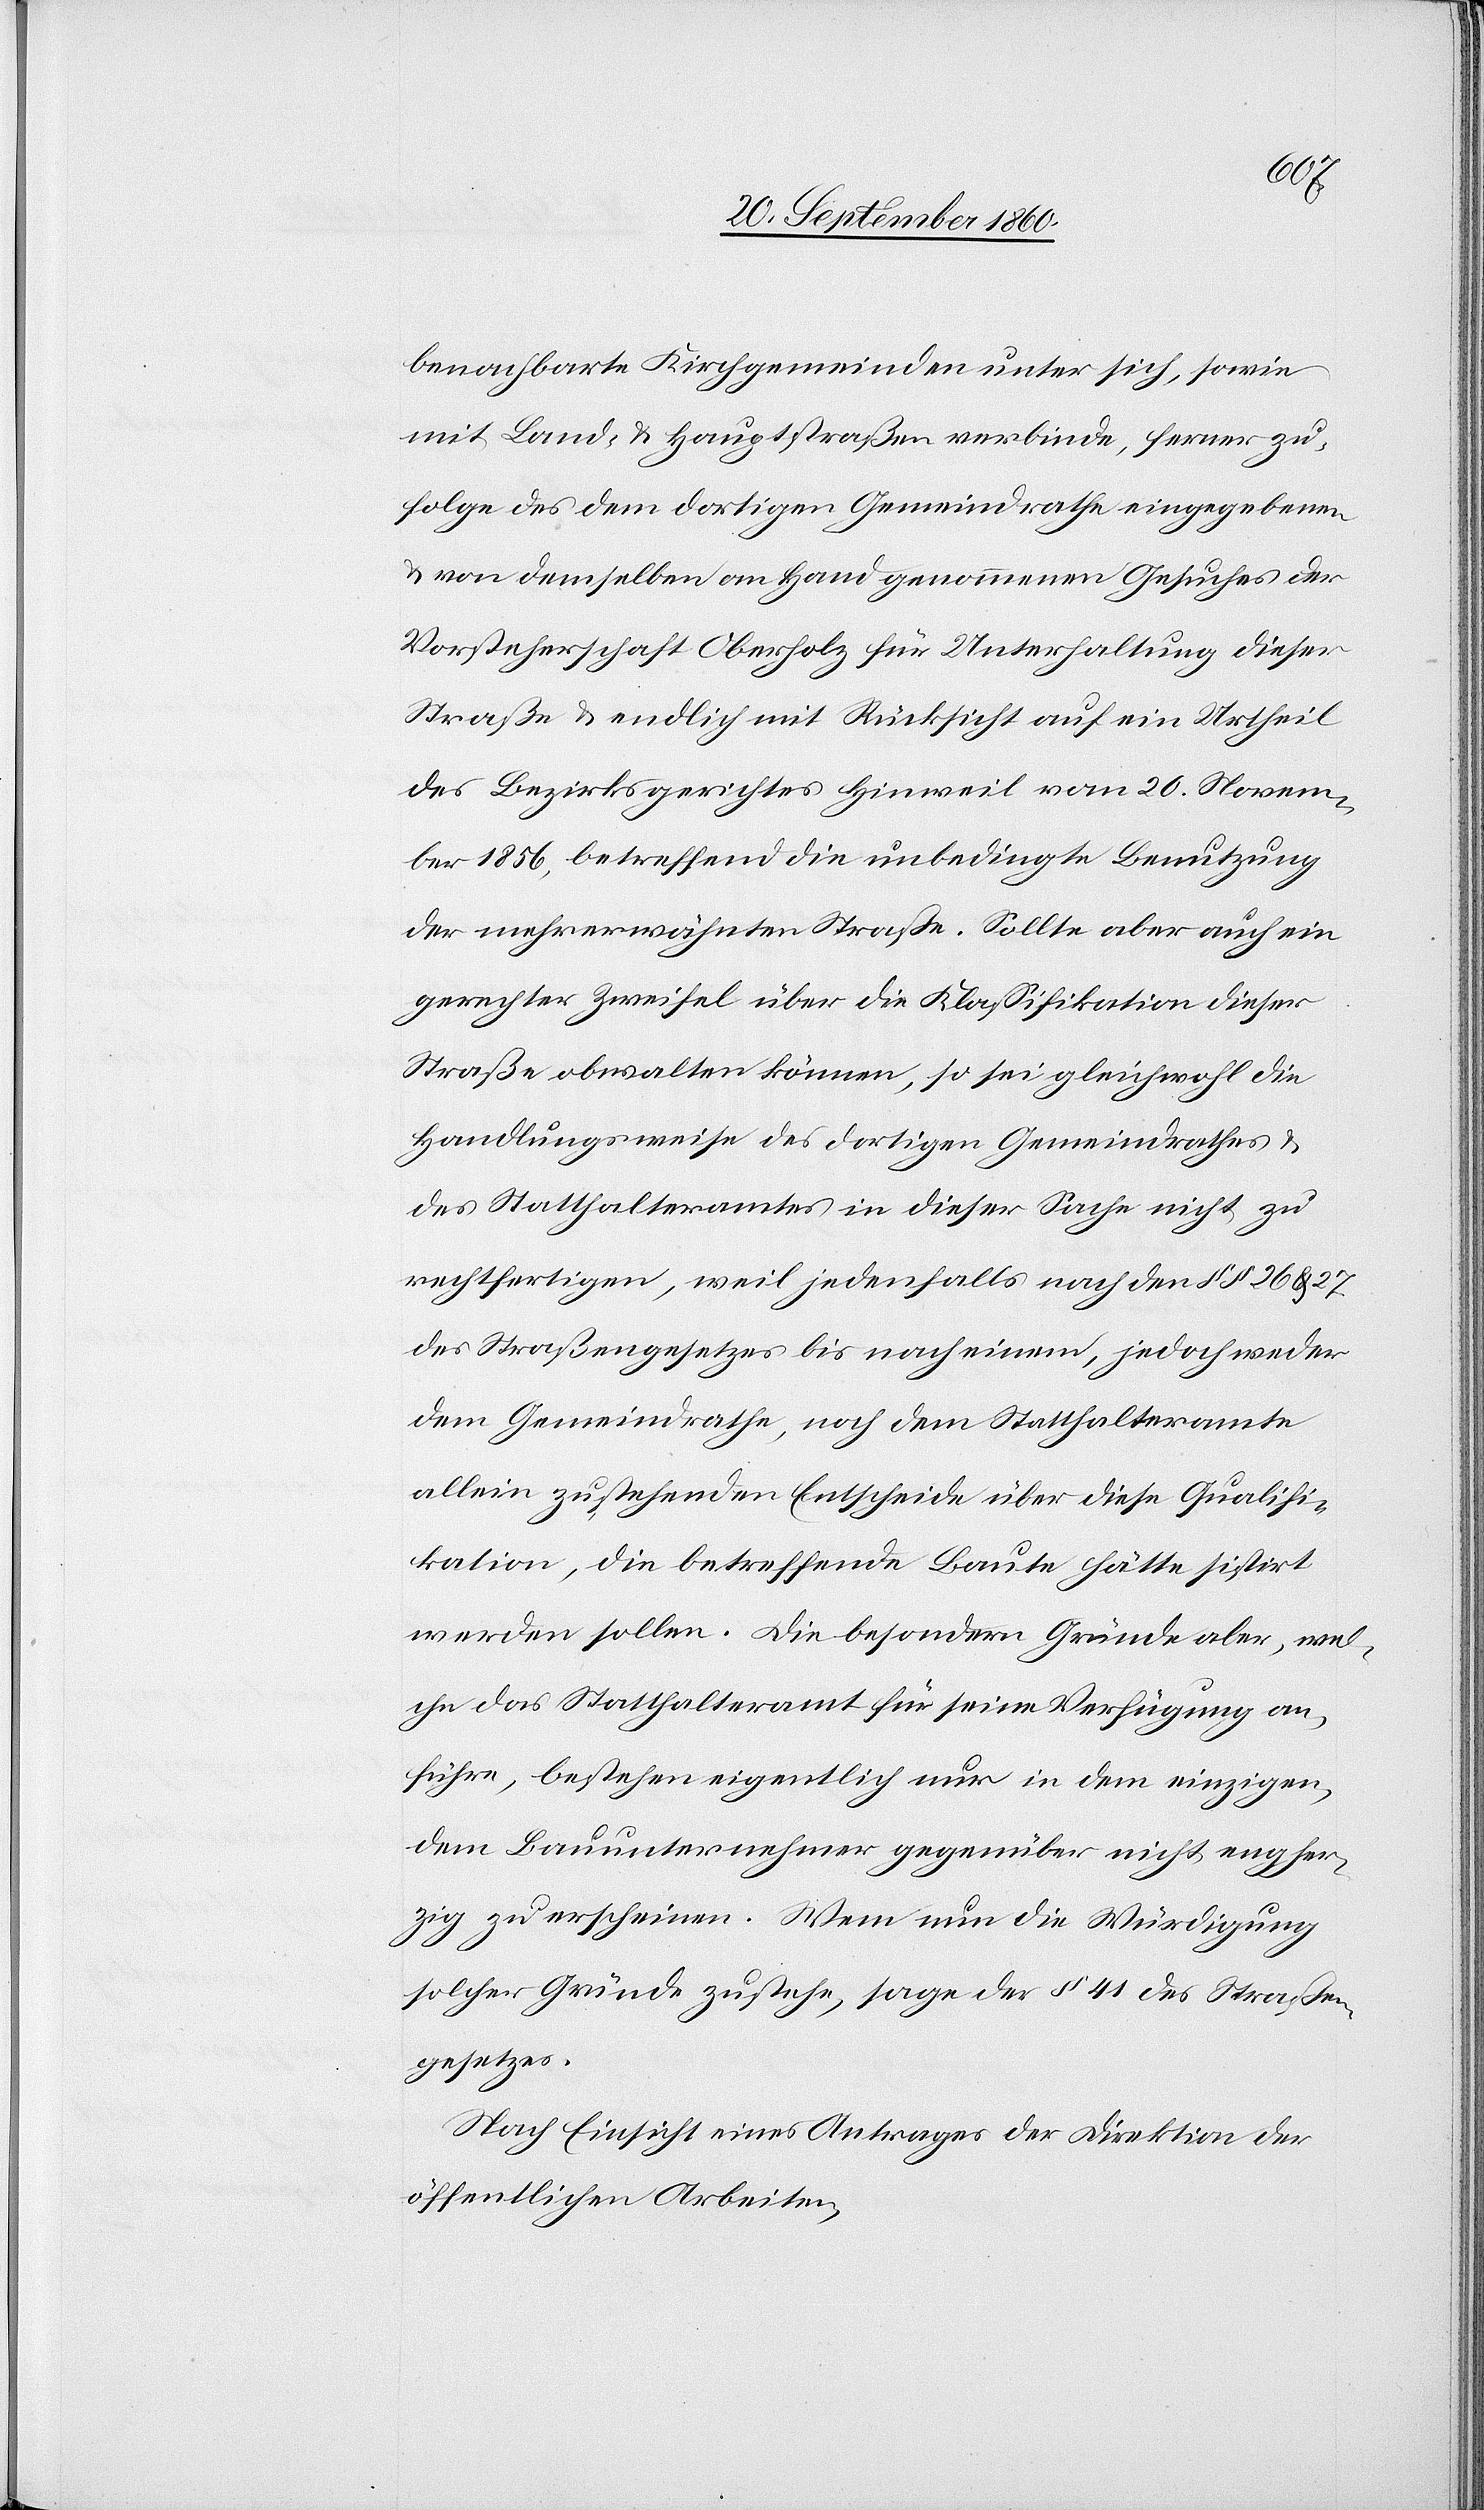
benachbarte Kirchgemeinden unter sich, sowie
mit Land- & Hauptstraßen verbinde, ferner zu¬
folge des dem dortigen Gemeindrathe eingegebenen
& von demselben an Hand genommenen Gesuches der
Vorsteherschaft Oberholz für Unterhaltung dieser
Straße & endlich mit Rücksicht auf ein Urtheil
des Bezirksgerichtes Hinweil vom 20. Novem¬
ber 1856, betreffend die unbedingte Benutzung
der mehrerwähnten Straße. Sollte aber auch ein
gerechter Zweifel über die Klassifikation dieser
Straße obwalten können, so sei gleichwohl die
Handlungsweise des dortigen Gemeindrathes
des Statthalteramtes in dieser Sache nicht zu
rechtfertigen, weil jedenfalls nach den §§ 26 & 27
des Straßengesetzes bis nach einem, jedoch weder
dem Gemeindrathe, noch dem Statthalteramte
allein zustehenden Entscheide über diese Qualifi¬
kation, die betreffende Baute hätte sistirt
werden sollen. Die besondern Gründe aber, wel¬
che das Statthalteramt für seine Verfügung an¬
führe, bestehen eigentlich nur in dem einzigen,
dem Bauunternehmer gegenüber nicht engher¬
zig zu erscheinen. Wenn nun die Würdigung
solcher Gründe zustehen, sage der § 41 des Straßen¬
gesetzes.
Nach Einsicht eines Antrages der Direktion der
öffentlichen Arbeiten,